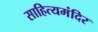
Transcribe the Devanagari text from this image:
साहित्यमंदिर